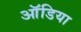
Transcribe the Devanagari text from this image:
ऑडिया